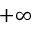
+ \infty